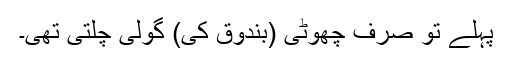
پہلے تو صرف چھوٹی (بندوق کی) گولی چلتی تھی۔